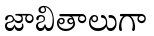
జాబితాలుగా